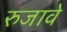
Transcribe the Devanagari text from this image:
रुजावे